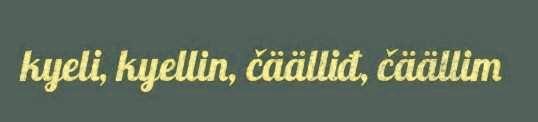
kyeli, kyellin, čäälliđ, čäällim